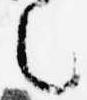
之